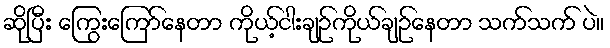
ဆိုပြီး ကြွေးကြော်နေတာ ကိုယ့်ငါးချဉ်ကိုယ်ချဉ်နေတာ သက်သက် ပဲ။